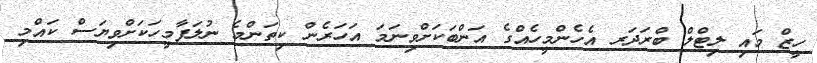
ހީޒް މައި ލިޓްލް ބްރަދަރ އެހެންމީހެއްގެ އަންބަކަށްވިނަމަ އަހަރެން ކިތަންމެ ނުލަފާމީހަކަށްވިޔަސް ކައްމި